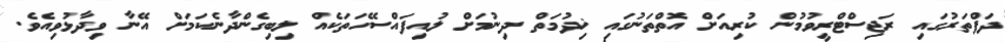
ދަފްތަރުގައި ރަޖިސްޓްރީވުމުން ކުރިއަށް އޮތްތަނުގައި ޚިދުމަތް ދިނުމަށް ލުއިފައްސޭހަތަކެއް ލިބިގެންދާނެކަމަށް އޭނާ ވިދާޅުވިއެވެ.